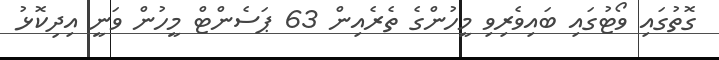
ގޮތުގައި ވޯޓުގައި ބައިވެރިވި މީހުންގެ ތެރެއިން 63 ޕަސެންޓް މީހުން ވަނީ އިދިކޮޅު